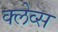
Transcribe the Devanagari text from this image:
क्लेव्स